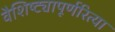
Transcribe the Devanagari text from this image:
वैशिष्ट्यापूर्णरित्या